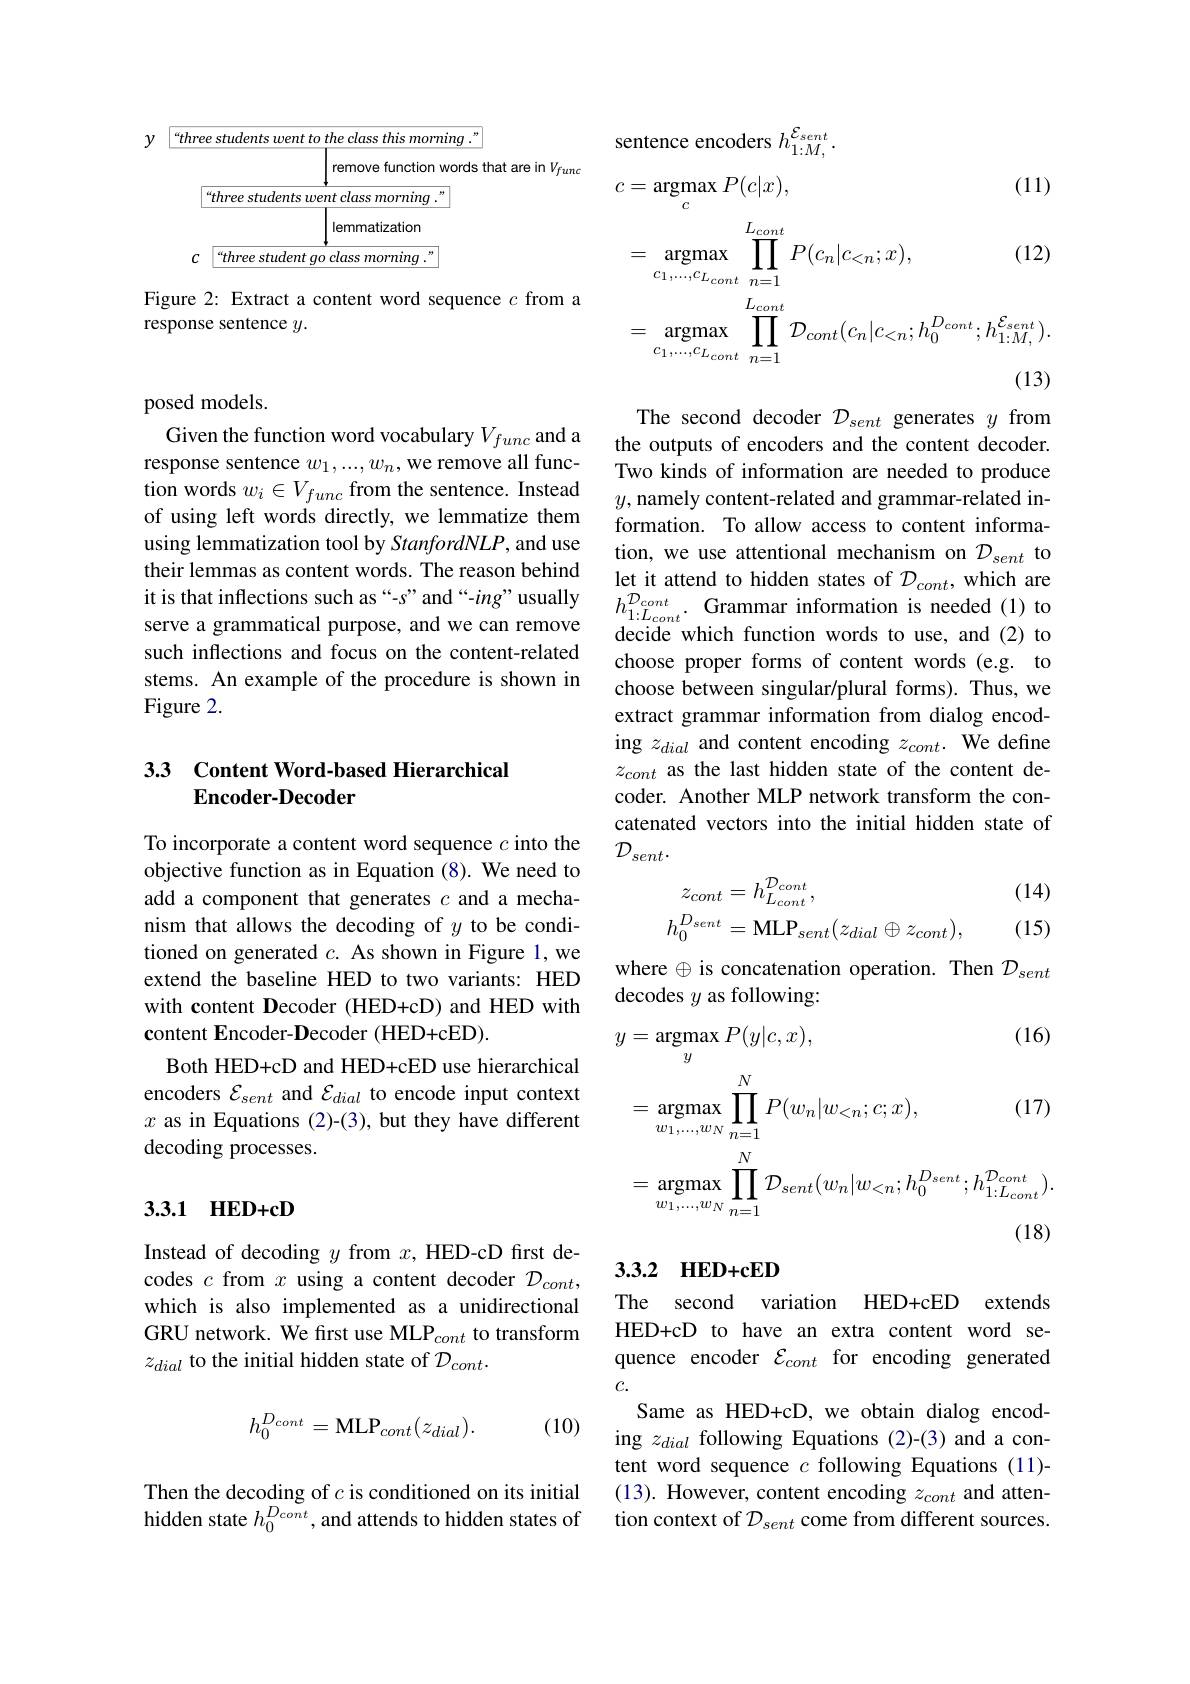
$y$
<table>
	<tbody>
		<tr>
			<td>$“thr\epsilon$</td>
			<td>$udentswenttotheclassthismorning.$</td>
		</tr>
		<tr>
			<td> </td>
			<td>remove function words that are in $V_f$</td>
		</tr>
		<tr>
			<td> </td>
			<td>ree students went class morning ."</td>
		</tr>
		<tr>
			<td> </td>
			<td>lemmatization</td>
		</tr>
		<tr>
			<td>$C$</td>
			<td>M</td>
		</tr>
	</tbody>
</table>

Figure 2: Extract a content word sequence $c$ from a
response sentence $y.$

posed models.

Given the function word vocabulary $V_{func}$ and a response sentence $w_1,...,w_n$,we remove all function words $w_i\in V_{func}$ from the sentence. Instead of using left words directly, we lemmatize them using lemmatization tool by StanfordNLP, and use their lemmas as content words. The reason behind it is that inflections such as “-s”" and“-ing” usually serve a grammatical purpose, and we can remove such inflections and focus on the content-related stems. An example of the procedure is shown in Figure 2.

### 33 Content Word-based Hierarchical Encoder-Decoder

To incorporate a content word sequence $c$ into the objective function as in Equation (8). We need to add a component that generates $c$ and a mechanism that allows the decoding of $y$ to be conditioned on generated $c.$ As shown in Figure 1,we extend the baseline HED to two variants: HED with content Decoder (HED+cD) and HED with content Encoder-Decoder (HED+cED).
Both HED+cD and HED+cED use hierarchical encoders $\mathcal{E}_sent$ and $\mathcal{E}_dial$ to encode input context $x$ as in Equations (2)-(3), but they have different decoding processes.

## 3.3.1 нED+cD

Instead of decoding $y$ from $x$, HED-cD first decodes $c$ from $x$ using a content decoder $\mathcal D_cont$, which is also implemented as a unidirectional GRU network. We first use MLP$_cont$ to transform $z_{dial}$ to the initial hidden state of $\mathcal D_cont.$
$$h_0^{D_{cont}}=\mathrm{MLP}_{cont}(z_{dial}).$$
(10)

Then the decoding of $c$ is conditioned on its initial hidden state $h_0^{D_{cont}}$, and attends to hidden states of

sentence encoders $h_{1:M,}^{\mathcal{E}_{sent}}.$
$$\begin{aligned}&c=\operatorname{argmax}_{c}P(c|x),&&\text{(11)}\\&=\operatorname{argmax}_{c_{1},\ldots,c_{L_{cont}}}\prod_{n=1}^{L_{cont}}P(c_{n}|c_{<n};x),&&\text{(12)}\\&=\operatorname*{argmax}_{c_{1},\ldots,c_{L_{cont}}}\prod_{n=1}^{L_{cont}}\mathcal{D}_{cont}(c_{n}|c_{<n};h_{0}^{D_{cont}};h_{1:M,}^{\mathcal{E}_{sent}}).\end{aligned}$$
The second decoder $\mathcal D_{sent}$ generates $y$ from the outputs of encoders and the content decoder. Two kinds of information are needed to produce $y$, namely content-related and grammar-related information. To allow access to content information, we use attentional mechanism on $\mathcal{D}_{sent}$ to let it attend to hidden states of $\mathcal{D}_{cont}$,which are $h_{1:L_{cont}}^{\mathcal{D}_{cont}}.$Grammar information is needed(1)to decide which function words to use, and (2) to choose proper forms of content words (e.g. to choose between singular/plural forms). Thus, we extract grammar information from dialog encoding $z_{dial}$ and content encoding $z_cont.$ We define $z_{cont}$ as the last hidden state of the content decoder. Another MLP network transform the concatenated vectors into the initial hidden state of $\mathcal{D}_{sent}.$
$$\begin{aligned}z_{cont}&=h_{L_{cont}}^{\mathcal{D}_{cont}},\\h_{0}^{D_{sent}}&=\mathrm{MLP}_{sent}(z_{dial}\oplus z_{cont}),\end{aligned}$$
(14)

(15)

where $\oplus$ is concatenation operation. Then $\mathcal{D}_{sent}$
decodes $y$ as following:
$$\begin{aligned}\text{y}&=\operatorname{argmax}_{y}P(y|c,x),&\text{(16)}\\&=\operatorname{argmax}_{w_{1},\ldots,w_{N}}\prod_{n=1}^{N}P(w_{n}|w_{<n};c;x),&\text{(17)}\\&=\operatorname{argmax}_{w_{1},\ldots,w_{N}}\prod_{n=1}^{N}\mathcal{D}_{sent}(w_{n}|w_{<n};h_{0}^{D_{sent}};h_{1:L_{cont}}^{\mathcal{D}_{cont}}).\end{aligned}$$
## 3.3.2 HED+cED

The second variation HED+cED extends HED+cD to have an extra content word sequence encoder $\mathcal{E}_{cont}$ for encoding generated $c.$
Same as HED+cD, we obtain dialog encoding $z_{dial}$ following Equations (2)-(3) and a content word sequence $c$ following Equations (11)- (13). However, content encoding $z_cont$ and attention context of $\mathcal D_{sent}$ come from different sources.